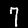
Digit: 7